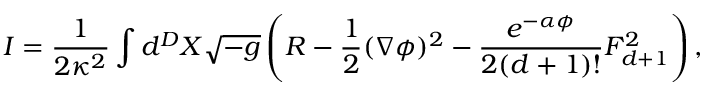
I = \frac { 1 } { 2 \kappa ^ { 2 } } \int d ^ { D } X \sqrt { - g } \left( R - \frac { 1 } { 2 } ( \nabla \phi ) ^ { 2 } - \frac { e ^ { - \alpha \phi } } { 2 ( d + 1 ) ! } F _ { d + 1 } ^ { 2 } \right) ,